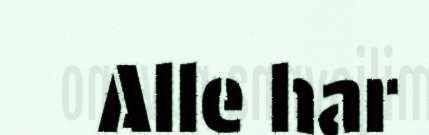
Alle har